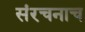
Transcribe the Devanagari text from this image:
संरचनाच